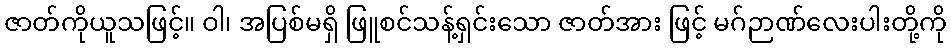
ဇာတ်ကိုယူသဖြင့်။ ဝါ၊ အပြစ်မရှိ ဖြူစင်သန့်ရှင်းသော ဇာတ်အား ဖြင့် မဂ်ဉာဏ်လေးပါးတို့ကို